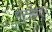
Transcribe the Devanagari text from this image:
मोटर्सकडून